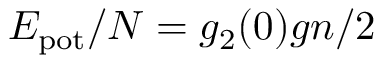
E _ { \mathrm { p o t } } / N = g _ { 2 } ( 0 ) g n / 2